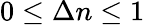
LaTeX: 0\leq\Delta n\leq 1